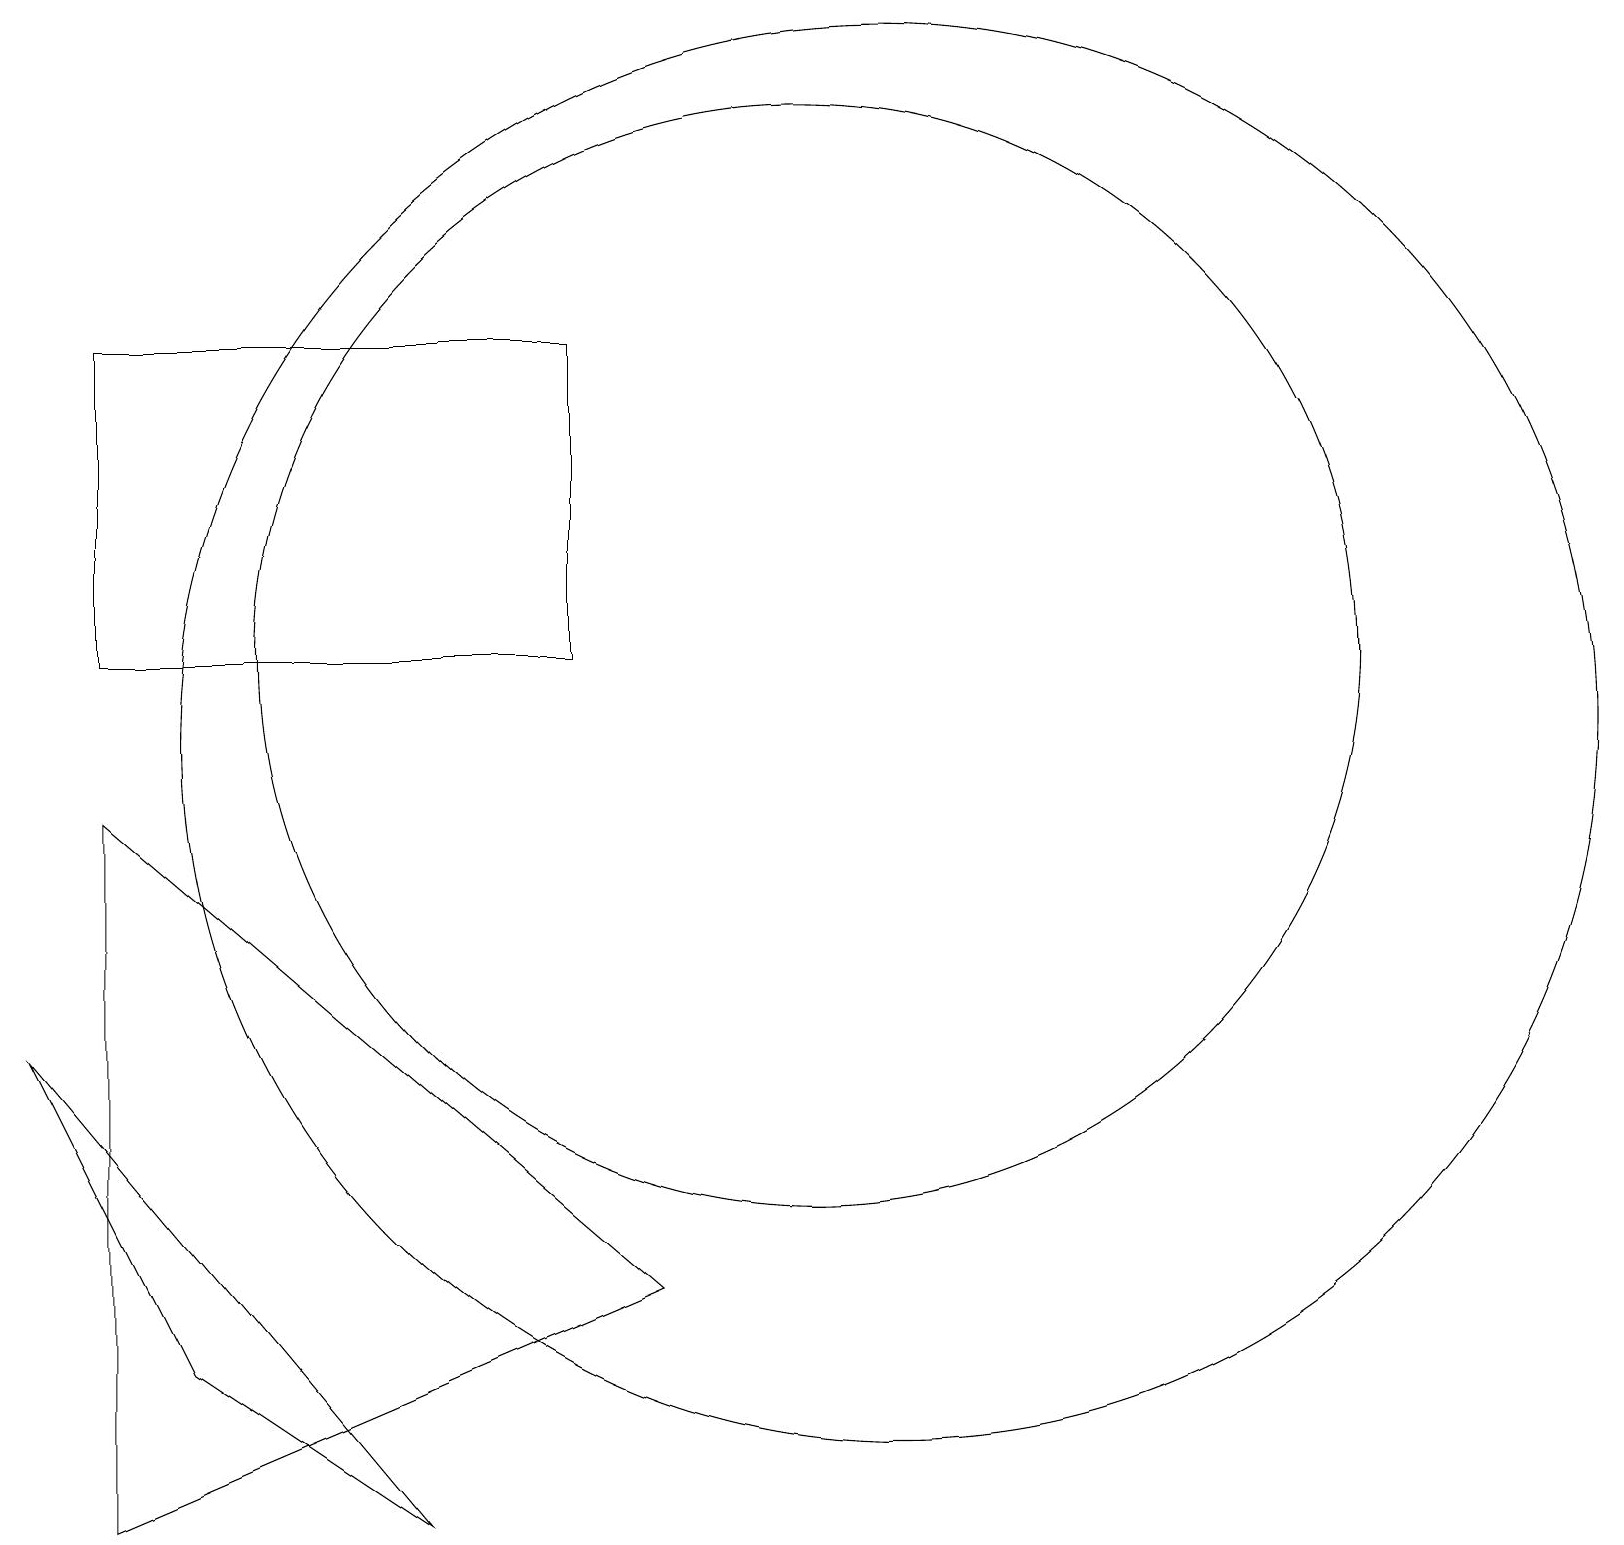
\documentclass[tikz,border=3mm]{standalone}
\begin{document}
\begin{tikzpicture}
\draw (11,11) circle (7);
\draw (2,9) -- (9,3) -- (2,0) -- cycle;
\draw (8,11) rectangle (2,15);
\draw (6,0) -- (1,6) -- (3,2) -- cycle;
\draw (12,10) circle (9);
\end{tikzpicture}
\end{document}